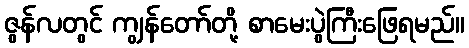
ဇွန်လတွင် ကျွန်တော်တို့ စာမေးပွဲကြီးဖြေရမည်။